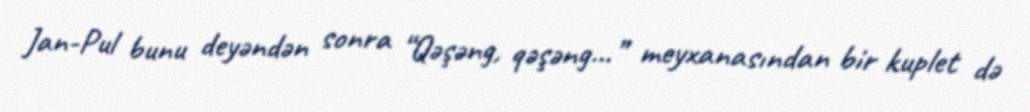
Jan-Pul bunu deyəndən sonra “Qəşəng, qəşəng...” meyxanasından bir kuplet də